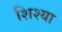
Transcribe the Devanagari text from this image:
शिश्या